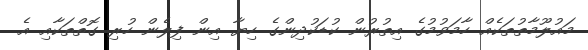
މައުލޫމާތުތަކެއް ހާމަވުމުގެ އިތުރުން ކުޑަކުދިންގެ ހިޔާ އިން ފިލެން ހުރި ގޮތްތަކާއި އެ